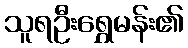
သူရဦးရွှေမန်း၏